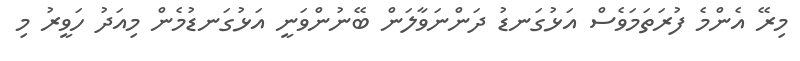
މިރޭ އެންމެ ފުރަތަމަވެސް އަޅުގަނޑު ދަންނަވާލަން ބޭނުންވަނީ އަޅުގަނޑުމެން މިއަދު ހަވީރު މި